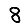
Digit: 8